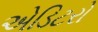
એડિટરો